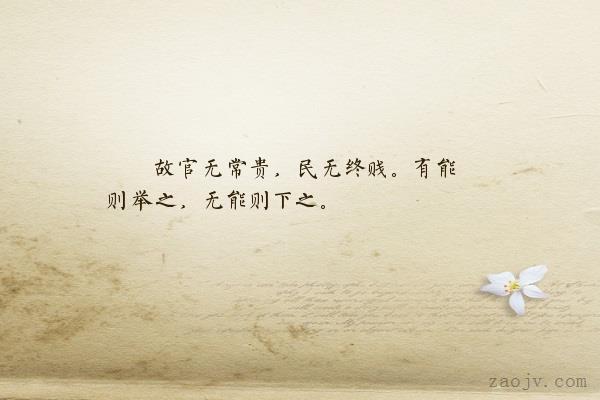
官无常贵而民无终贱。有能则举之，无能则下之。